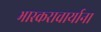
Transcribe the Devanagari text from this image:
भास्कराचार्याना